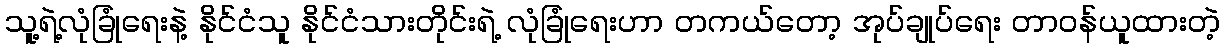
သူ့ရဲ့လုံခြုံရေးနဲ့ နိုင်ငံသူ နိုင်ငံသားတိုင်းရဲ့ လုံခြုံရေးဟာ တကယ်တော့ အုပ်ချုပ်ရေး တာဝန်ယူထားတဲ့